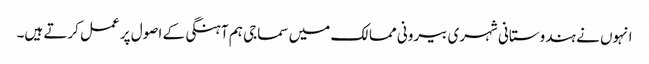
انہوں نے ہندوستانی شہری بیرونی ممالک میں سماجی ہم آہنگی کے اصول پر عمل کرتے ہیں۔